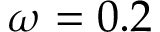
\omega = 0 . 2